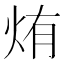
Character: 烠